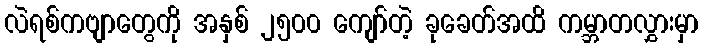
လဲရစ်ကဗျာတွေကို အနှစ် ၂၅၀၀ ကျော်တဲ့ ခုခေတ်အထိ ကမ္ဘာတလွှားမှာ